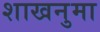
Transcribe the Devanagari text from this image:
शाखनुमा